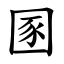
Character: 圂